Plague in India, 1896, 1897 - Volume 2
Year: 1896
Disease focus: Plague
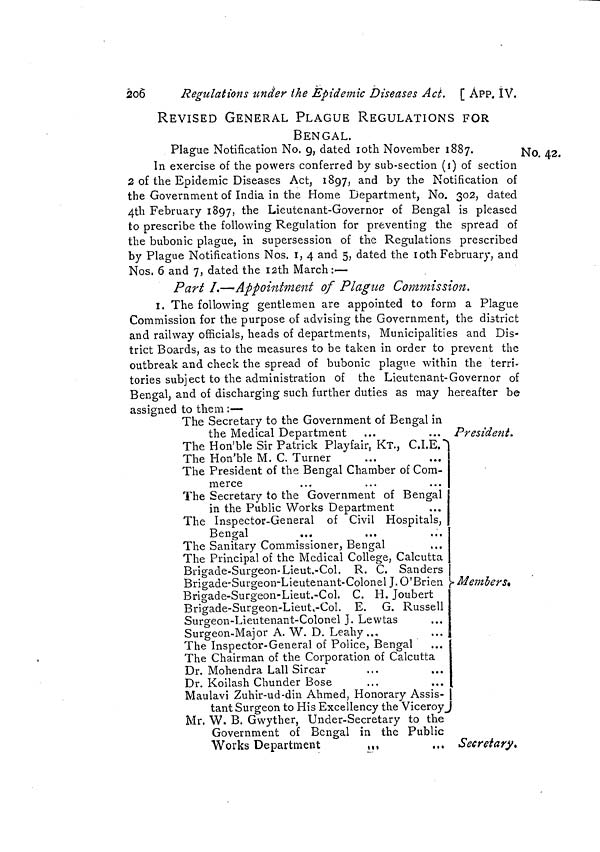
249
APP. IX. ]
spread of infection by sea.
(4) If a vessel arrives with a case of simple fever on board, the
above rules-shall apply to her, but the detention shall be for a period
of four days, subsequent to which, if no plague cases develope, she
may be granted entry inwards.
(5) If a place on shore suitable for the segregated accommodation
of passengers is available, the passengers from vessels treated as
above may be removed to the same and placed there under observa-
tion instead of being detained on board.
(6) Cargo unloaded from vessels which have been quarantined on
account of ascertained or suspected plague on board shall be removed
by the consignee to a place set apart for the purpose and exposed to
the sun for a period of three days, or in the case of cargo which may
have become damp until such further period as may be necessary to
thoroughly dry it, after which it may be taken possession of by the
consignee.
(7) Bedding, rags, etc., may not be landed from vessels aforesaid
and if landed shall be destroyed.
(8) Piece-goods and other articles liable to carry infection brought
by vessels aforesaid shall be fumigated or otherwise disinfected before
' being carried away by the consignee.
(9) Any grain brought to the port and landed from any vessel and
found by a Magistrate to be unfit for human consumption shall be
destroyed.
(10) Any port may be declared to be an infected port by the
District Magistrate. Vessels arriving from such ports, even if no case
of plague has occurred on board, shall not be granted entry inwards
unless or until eight clear days have elapsed from the date of her
departure from the aforesaid port. If the vessel arrives before the
expiry of such eight days, she shall remain at the anchorage fixed for
such vessels until such eight days have elapsed, subject to the condi-
tions laid down in Rules 2, 5, and 6, after which, if no plague case is
discovered on board, she shall obtain pratique. If plague is developed
or has been developed before her arrival, all the above quarantine
rules shall apply to her, her crew, passengers and cargo.
MODIFICATION OF THE ADEN QUARANTINE RULES.
No. 52.
Telegram, dated Bombay, the 31st January 1897.
From—The Secretary to the Government of Bombay, General Depart-
ment,
To—The Secretary to the Government of India, Home Department.
Resident, Aden, represents inadequacy of quarantine measure for
Aden as voyages from Bombay and Karachi are short, and recommends
c 32